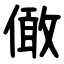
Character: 㒈